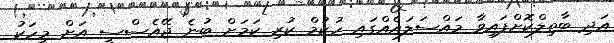
އަދި ބާތިލްކޮށްފައިވާ މައްސަލައެއްގައި ހުކުމް ކުރި ކަމަށް ބުނެ ޖޭއެސްސީ އަށް މީހަކު